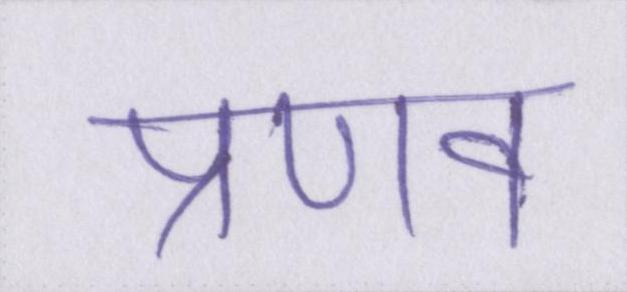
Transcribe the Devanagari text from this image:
प्रणव